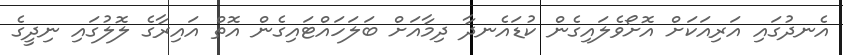
އެނދުގައި އަރިއަކަށް އޮށޯވެލައިގެން ކުޑައެނދާ ދިމާއަށް ބަލަހައްޓައިގެން އޮތް އައިރާގެ ލޮލުގައި ނިދީގެ